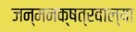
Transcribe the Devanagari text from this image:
जन्मनक्षत्रवाल्या